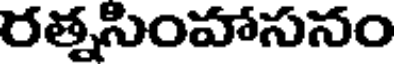
రత్నసింహాసనం